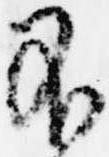
不